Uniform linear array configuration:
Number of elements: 48
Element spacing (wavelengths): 0.75
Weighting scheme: blackman
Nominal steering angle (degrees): -60
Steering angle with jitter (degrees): -60.16
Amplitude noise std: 0.05
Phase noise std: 0.05

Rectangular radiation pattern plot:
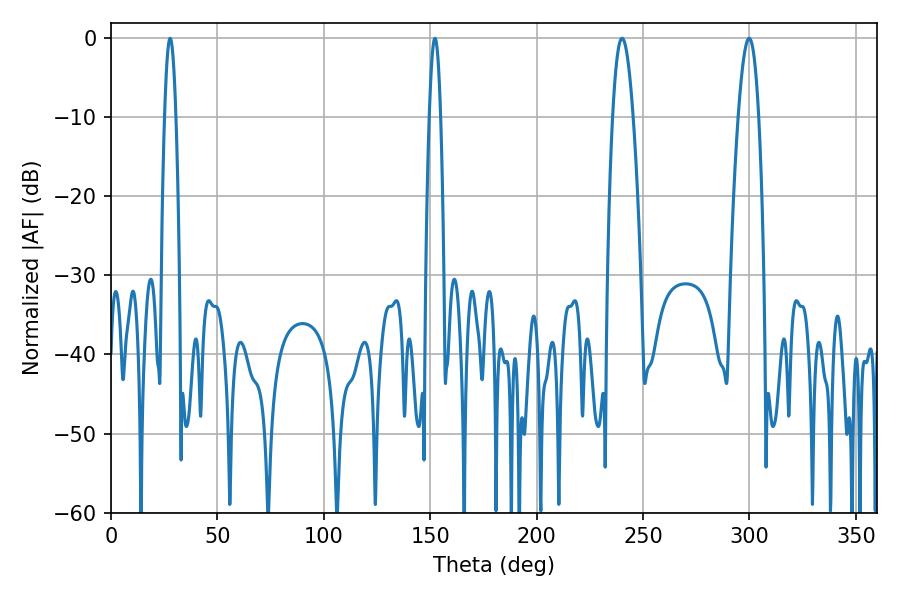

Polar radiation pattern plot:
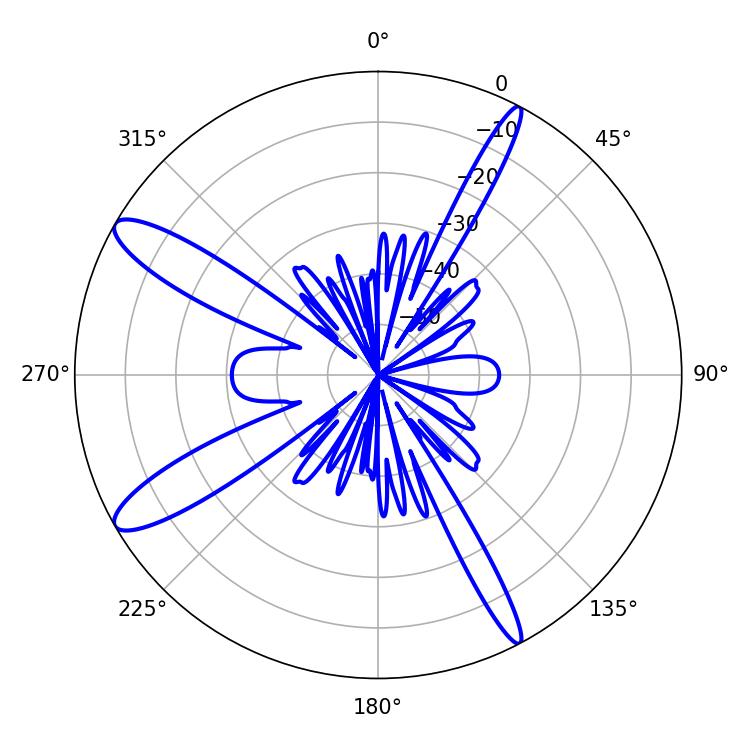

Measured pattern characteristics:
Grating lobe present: TRUE
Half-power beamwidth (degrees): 5.22
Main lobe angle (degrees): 240.12